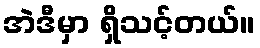
အဲဒီမှာ ရှိသင့်တယ်။